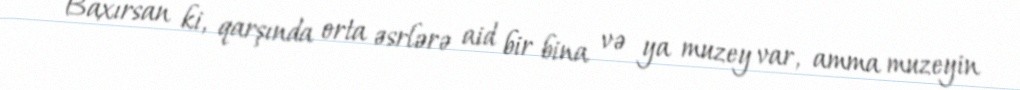
Baxırsan ki, qarşında orta əsrlərə aid bir bina və ya muzey var, amma muzeyin